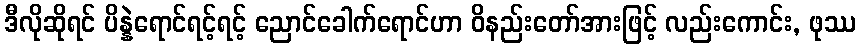
ဒီလိုဆိုရင် ပိန္နဲရောင်ရင့်ရင့် ညောင်ခေါက်ရောင်ဟာ ဝိနည်းတော်အားဖြင့် လည်းကောင်း, ဖုဿ